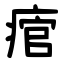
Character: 痯